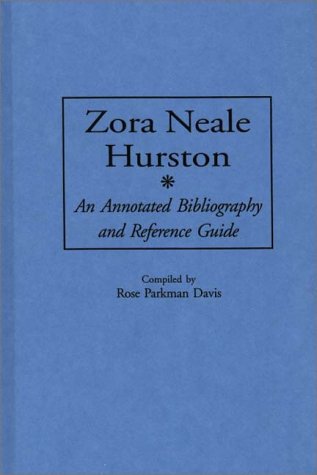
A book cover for Zora Neale Hurston: An Annotated Bibliography and Reference Guide (Bibliographies and Indexes in Afro-American and African Studies); Rose P. Davis; Literature & Fiction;